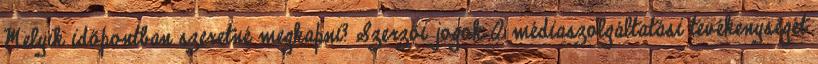
Melyik időpontban szeretné megkapni? Szerzői jogok A médiaszolgáltatási tevékenységét